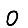
Digit: 0